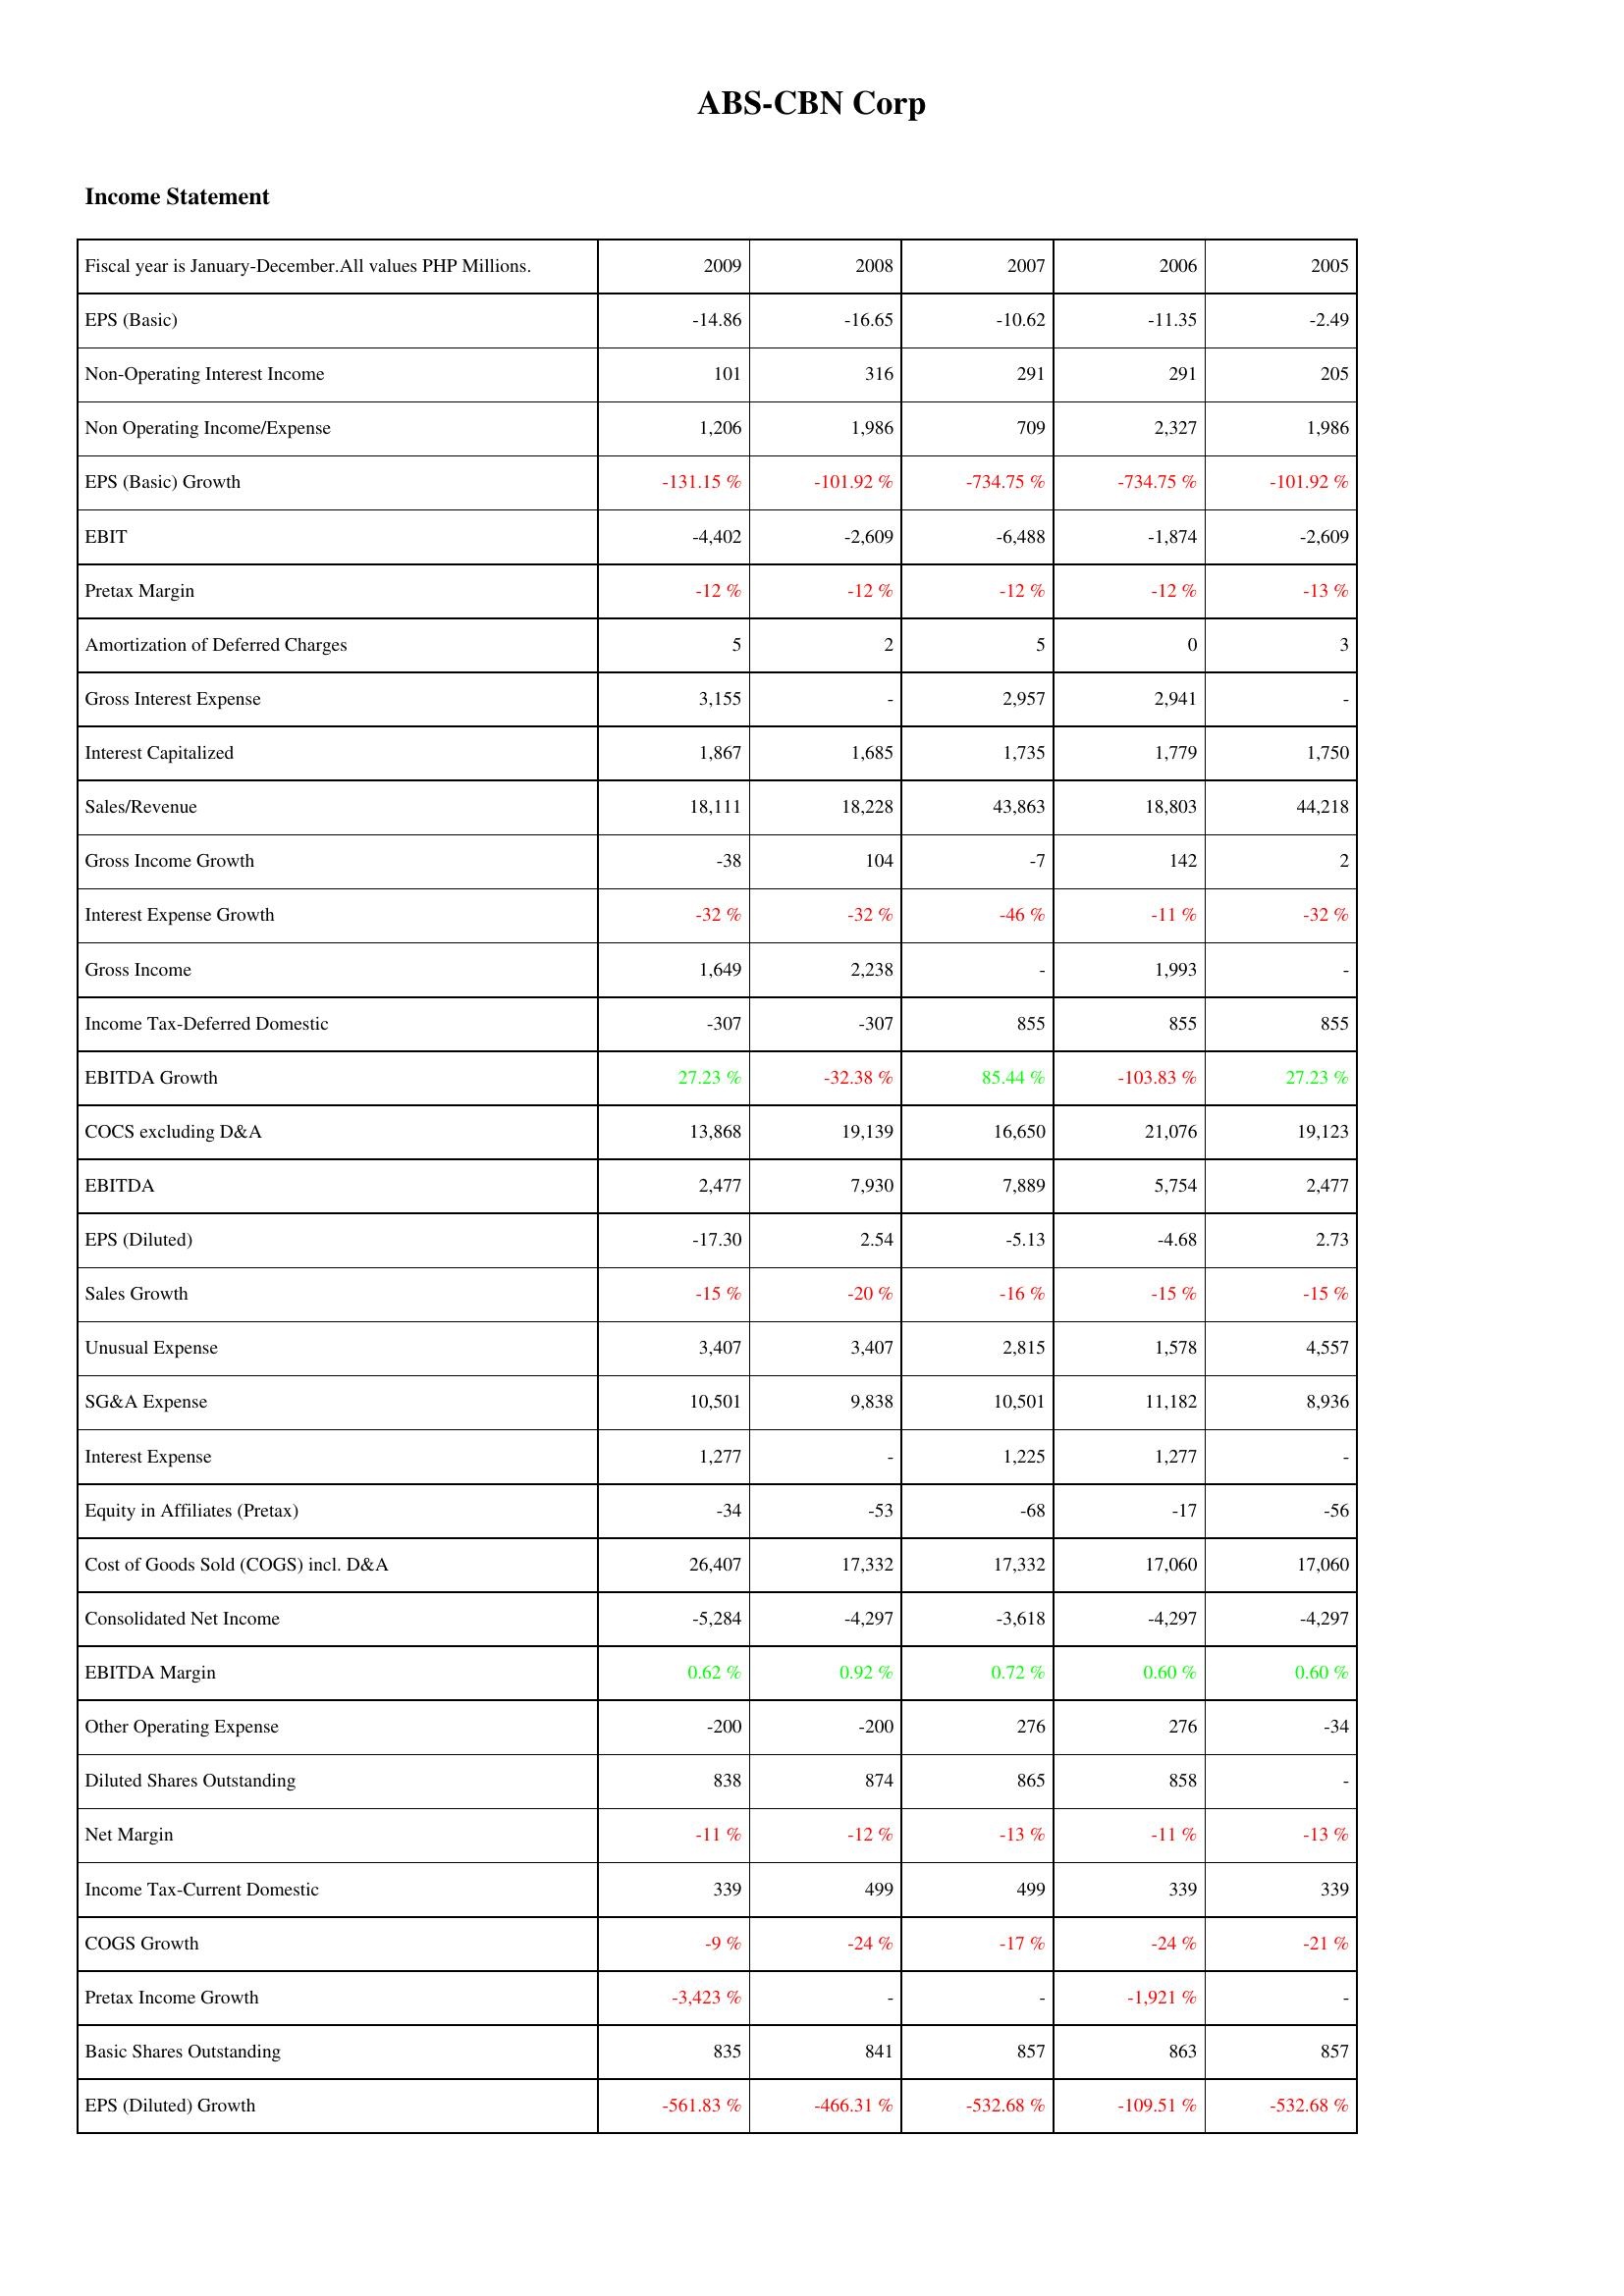
2009: Income Statement: EPS (Basic): -14.86
Non-Operating Interest Income: 101
Non Operating Income/Expense: 1,206
EPS (Basic) Growth: -131.15 %
EBIT: -4,402
Pretax Margin: -12 %
Amortization of Deferred Charges: 5
Gross Interest Expense: 3,155
Interest Capitalized: 1,867
Sales/Revenue: 18,111
Gross Income Growth: -38
Interest Expense Growth: -32 %
Gross Income: 1,649
Income Tax-Deferred Domestic: -307
EBITDA Growth: 27.23 %
COCS excluding D&A: 13,868
EBITDA: 2,477
EPS (Diluted): -17.30
Sales Growth: -15 %
Unusual Expense: 3,407
SG&A Expense: 10,501
Interest Expense: 1,277
Equity in Affiliates (Pretax): -34
Cost of Goods Sold (COGS) incl. D&A: 26,407
Consolidated Net Income: -5,284
EBITDA Margin: 0.62 %
Other Operating Expense: -200
Diluted Shares Outstanding: 838
Net Margin: -11 %
Income Tax-Current Domestic: 339
COGS Growth: -9 %
Pretax Income Growth: -3,423 %
Basic Shares Outstanding: 835
EPS (Diluted) Growth: -561.83 %
2008: Income Statement: EPS (Basic): -16.65
Non-Operating Interest Income: 316
Non Operating Income/Expense: 1,986
EPS (Basic) Growth: -101.92 %
EBIT: -2,609
Pretax Margin: -12 %
Amortization of Deferred Charges: 2
Gross Interest Expense: -
Interest Capitalized: 1,685
Sales/Revenue: 18,228
Gross Income Growth: 104
Interest Expense Growth: -32 %
Gross Income: 2,238
Income Tax-Deferred Domestic: -307
EBITDA Growth: -32.38 %
COCS excluding D&A: 19,139
EBITDA: 7,930
EPS (Diluted): 2.54
Sales Growth: -20 %
Unusual Expense: 3,407
SG&A Expense: 9,838
Interest Expense: -
Equity in Affiliates (Pretax): -53
Cost of Goods Sold (COGS) incl. D&A: 17,332
Consolidated Net Income: -4,297
EBITDA Margin: 0.92 %
Other Operating Expense: -200
Diluted Shares Outstanding: 874
Net Margin: -12 %
Income Tax-Current Domestic: 499
COGS Growth: -24 %
Pretax Income Growth: -
Basic Shares Outstanding: 841
EPS (Diluted) Growth: -466.31 %
2007: Income Statement: EPS (Basic): -10.62
Non-Operating Interest Income: 291
Non Operating Income/Expense: 709
EPS (Basic) Growth: -734.75 %
EBIT: -6,488
Pretax Margin: -12 %
Amortization of Deferred Charges: 5
Gross Interest Expense: 2,957
Interest Capitalized: 1,735
Sales/Revenue: 43,863
Gross Income Growth: -7
Interest Expense Growth: -46 %
Gross Income: -
Income Tax-Deferred Domestic: 855
EBITDA Growth: 85.44 %
COCS excluding D&A: 16,650
EBITDA: 7,889
EPS (Diluted): -5.13
Sales Growth: -16 %
Unusual Expense: 2,815
SG&A Expense: 10,501
Interest Expense: 1,225
Equity in Affiliates (Pretax): -68
Cost of Goods Sold (COGS) incl. D&A: 17,332
Consolidated Net Income: -3,618
EBITDA Margin: 0.72 %
Other Operating Expense: 276
Diluted Shares Outstanding: 865
Net Margin: -13 %
Income Tax-Current Domestic: 499
COGS Growth: -17 %
Pretax Income Growth: -
Basic Shares Outstanding: 857
EPS (Diluted) Growth: -532.68 %
2006: Income Statement: EPS (Basic): -11.35
Non-Operating Interest Income: 291
Non Operating Income/Expense: 2,327
EPS (Basic) Growth: -734.75 %
EBIT: -1,874
Pretax Margin: -12 %
Amortization of Deferred Charges: 0
Gross Interest Expense: 2,941
Interest Capitalized: 1,779
Sales/Revenue: 18,803
Gross Income Growth: 142
Interest Expense Growth: -11 %
Gross Income: 1,993
Income Tax-Deferred Domestic: 855
EBITDA Growth: -103.83 %
COCS excluding D&A: 21,076
EBITDA: 5,754
EPS (Diluted): -4.68
Sales Growth: -15 %
Unusual Expense: 1,578
SG&A Expense: 11,182
Interest Expense: 1,277
Equity in Affiliates (Pretax): -17
Cost of Goods Sold (COGS) incl. D&A: 17,060
Consolidated Net Income: -4,297
EBITDA Margin: 0.60 %
Other Operating Expense: 276
Diluted Shares Outstanding: 858
Net Margin: -11 %
Income Tax-Current Domestic: 339
COGS Growth: -24 %
Pretax Income Growth: -1,921 %
Basic Shares Outstanding: 863
EPS (Diluted) Growth: -109.51 %
2005: Income Statement: EPS (Basic): -2.49
Non-Operating Interest Income: 205
Non Operating Income/Expense: 1,986
EPS (Basic) Growth: -101.92 %
EBIT: -2,609
Pretax Margin: -13 %
Amortization of Deferred Charges: 3
Gross Interest Expense: -
Interest Capitalized: 1,750
Sales/Revenue: 44,218
Gross Income Growth: 2
Interest Expense Growth: -32 %
Gross Income: -
Income Tax-Deferred Domestic: 855
EBITDA Growth: 27.23 %
COCS excluding D&A: 19,123
EBITDA: 2,477
EPS (Diluted): 2.73
Sales Growth: -15 %
Unusual Expense: 4,557
SG&A Expense: 8,936
Interest Expense: -
Equity in Affiliates (Pretax): -56
Cost of Goods Sold (COGS) incl. D&A: 17,060
Consolidated Net Income: -4,297
EBITDA Margin: 0.60 %
Other Operating Expense: -34
Diluted Shares Outstanding: -
Net Margin: -13 %
Income Tax-Current Domestic: 339
COGS Growth: -21 %
Pretax Income Growth: -
Basic Shares Outstanding: 857
EPS (Diluted) Growth: -532.68 %